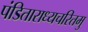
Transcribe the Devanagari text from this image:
पंडिताराध्यचरितमु